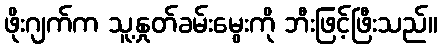
ဖိုးဂျက်က သူ့နှုတ်ခမ်းမွေးကို ဘီးဖြင့်ဖြီးသည်။